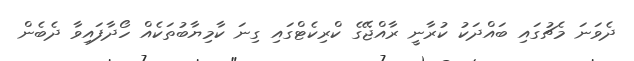
ދެވަނަ މެޗުގައި ބައްދަކު ކުރާނީ ރާއްޖޭގެ ކްރިކެޓްގައި ގިނަ ކާމިޔާބުތަކެއް ހޯދާފައިވާ ދެބެން